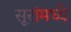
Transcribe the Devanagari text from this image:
सूरांमध्ये